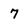
Character: 7